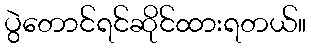
ပွဲတောင်ရင်ဆိုင်ထားရတယ်။